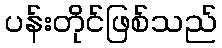
ပန်းတိုင်ဖြစ်သည်